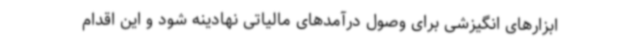
ابزارهای انگیزشی برای وصول درآمدهای مالیاتی نهادینه شود و این اقدام